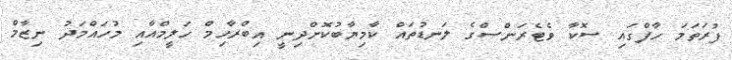
ފުރަތަމަ ހާފްގައި ސޮކާ ވެޓެރަންސްގެ ލަނޑުތައް ކާމިޔާބުކޮށްދިނީ އިބްރާހިމް ހަލީމްއާއި މުހައްމަދު ނިޒާމް